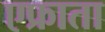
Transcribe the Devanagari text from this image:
एफ्राता